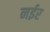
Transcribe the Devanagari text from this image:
नईर